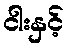
ငါးနှင့်